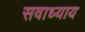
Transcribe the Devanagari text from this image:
सवाध्याय